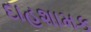
દાહશામક